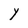
Character: Y